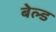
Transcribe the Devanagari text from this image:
बेल्ड